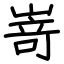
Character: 嵜